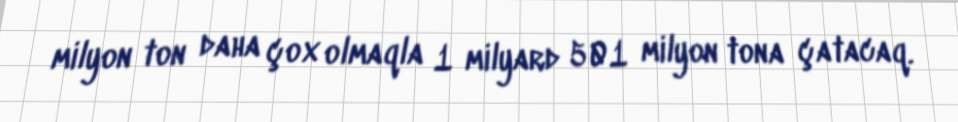
milyon ton daha çox olmaqla 1 milyard 501 milyon tona çatacaq.